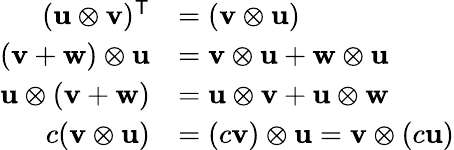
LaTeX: {\begin{array}{rl}{(\mathbf{u}\otimes\mathbf{v})^{\textsf{T}}}&{=(\mathbf{v}\otimes\mathbf{u})}\\ {(\mathbf{v}+\mathbf{w})\otimes\mathbf{u}}&{=\mathbf{v}\otimes\mathbf{u}+\mathbf{w}\otimes\mathbf{u}}\\ {\mathbf{u}\otimes(\mathbf{v}+\mathbf{w})}&{=\mathbf{u}\otimes\mathbf{v}+\mathbf{u}\otimes\mathbf{w}}\\ {c(\mathbf{v}\otimes\mathbf{u})}&{=(c\mathbf{v})\otimes\mathbf{u}=\mathbf{v}\otimes(c\mathbf{u})}\end{array}}